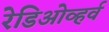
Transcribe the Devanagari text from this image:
रेडिओव्हर्व